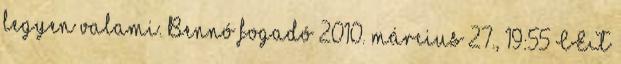
legyen valami. Bennó fogadó 2010. március 27., 19:55 CET